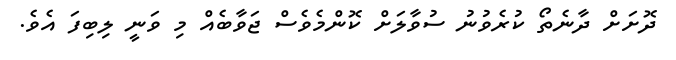
ދޮށަށް ދާނެތޯ ކުރެވުނު ސުވާލަށް ކޮންމެވެސް ޖަވާބެއް މި ވަނީ ލިބިފަަ އެވެ.